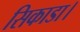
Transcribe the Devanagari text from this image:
सिकाडा।